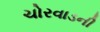
ચોરવાડની